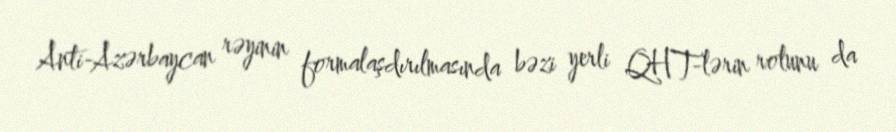
Anti-Azərbaycan rəyinin formalaşdırılmasında bəzi yerli QHT-lərin rolunu da